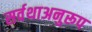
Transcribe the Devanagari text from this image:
सर्वथाअनुरूप